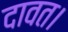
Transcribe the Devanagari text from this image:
दावत।